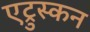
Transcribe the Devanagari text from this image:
एट्रुस्कन